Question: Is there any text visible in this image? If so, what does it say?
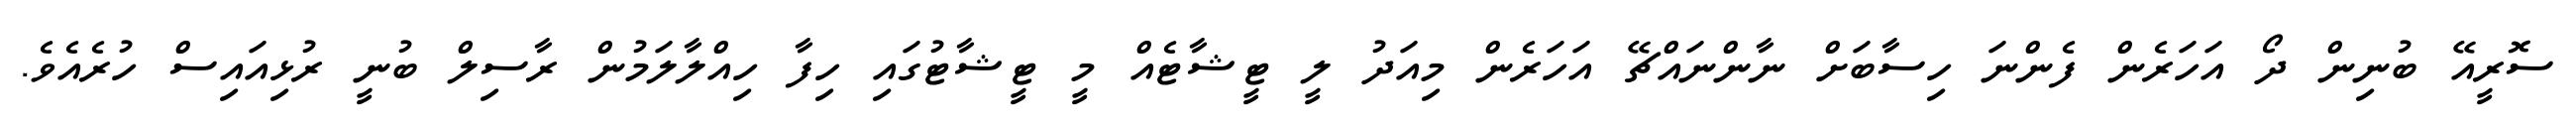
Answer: ސޮރީއޭ ބުނިން ދޯ އަހަރެން ފެންނަ ހިސާބަށް ނާންނައްޗޭ އަހަރެން މިއަދު ލީ ޓީޝާޓެއް މީ ޓީޝާޓުގައި ހިފާ ހިއްލާލަމުން ރާސިލް ބުނީ ރުޅިއައިސް ހުރެއެވެ.